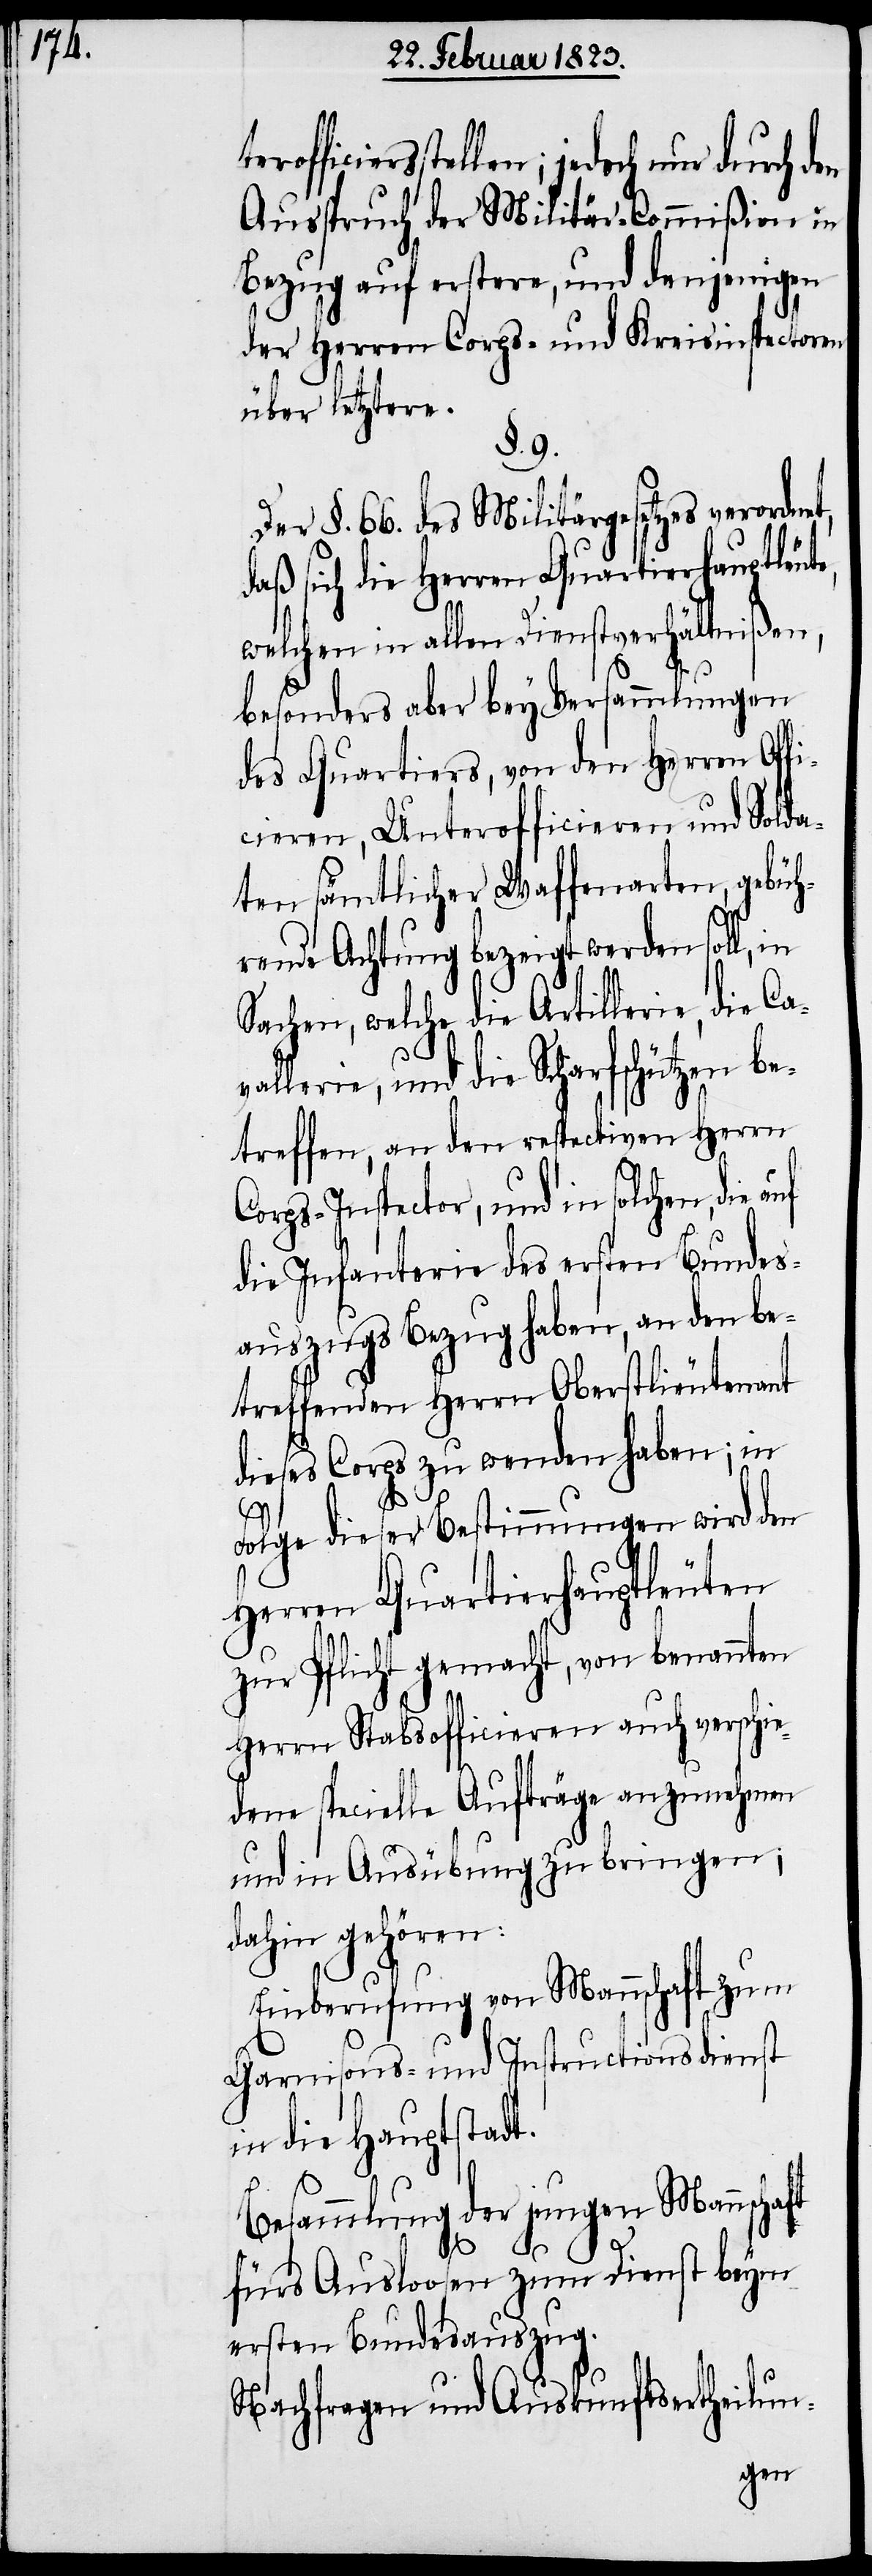
Ausspruch der Militär-Commißion in
Bezug auf erstere, und denjenigen
der Herren Corps- und Kreisinspectoren
über letztere.
§. 9.
Der §. 66. des Militärgesetzes verordnet,
daß sich die Herren Quartierhauptleut¬
welchen in allen Dienstverhältnißen,
besonders aber bey Versammlungen
des Quartiers, von den Herren Of¬
cieren, Unterofficieren und Solda¬
ten sämtlicher Waffenarten, gebüh¬
rende Achtung bezeigt werden soll,
Sachen, welche die Artillerie, die Ca¬
llerie, und die Scharfschützen be¬
treffen, an den respectiven Herrn
Corps-Inspector, und in solchen, die
die Infanterie des ersten Bundes¬
auszugs Bezug haben, an den be¬
treffenden Herrn Oberstlieutenant
dieses Corps zu wenden haben; in
Folge dieser Bestimmungen wird den
Herren Quartierhauptleuten
zur Pflicht gemacht, von benannten
Herrn Stabsofficieren auch verschie¬
dene specielle Aufträge anzunehmen
und in Ausübung zu bringen;
dahin gehören:
Einberufung von Mannschaft zum
Garnisons- und Instructionsdienst
in die Hauptstadt.
Besammlung der jungen Mannschaft
va¬
fürs Ausloosen zum Dienst beym
ersten Bundesauszug.
Nachfragen und Auskunftsertheilun-